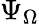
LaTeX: \Psi_{\Omega}